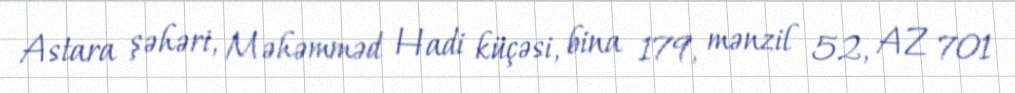
Astara şəhəri, Məhəmməd Hadi küçəsi, bina 179, mənzil 52, AZ 701